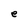
Character: e